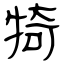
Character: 犄